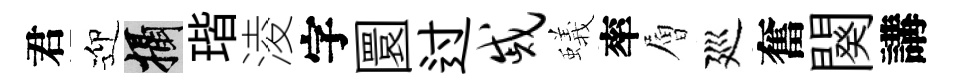
君迎攝瑎淩字圜过戚蟻率層廵奮闋講